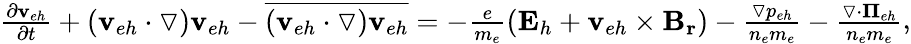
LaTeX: \begin{array}{r}{\frac{\partial\mathbf{v}_{eh}}{\partial t}+(\mathbf{v}_{eh}\cdot\triangledown)\mathbf{v}_{eh}-\overline{{(\mathbf{v}_{eh}\cdot\triangledown)\mathbf{v}_{eh}}}=-\frac{e}{m_{e}}(\mathbf{E}_{h}+\mathbf{v}_{eh}\times\mathbf{B_{r}})-\frac{\triangledown p_{eh}}{n_{e}m_{e}}-\frac{\triangledown\cdot{\mathbf\Pi}_{eh}}{n_{e}m_{e}}}\end{array},